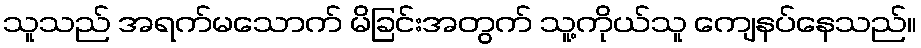
သူသည် အရက်မသောက် မိခြင်းအတွက် သူ့ကိုယ်သူ ကျေနပ်နေသည်။